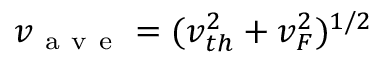
v _ { \mathrm { ~ a ~ v ~ e ~ } } = ( v _ { t h } ^ { 2 } + v _ { F } ^ { 2 } ) ^ { 1 / 2 }